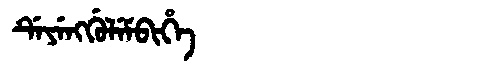
Manchu: ᡩᡝᠶᡝᠩᡤᡠᠯᡝᠮᠪᡳᡥᡝ
Romanization: DEYENGGULEMBIHE